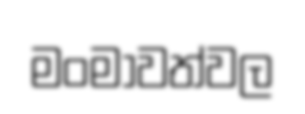
මංමාවත්වල